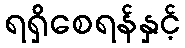
ရရှိစေရန်နှင့်